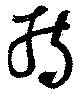
持